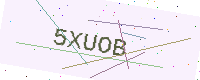
Text: 5XUOB